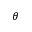
\theta